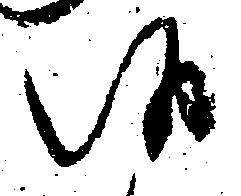
候